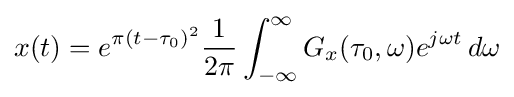
x(t)=e^{\pi (t-\tau _{0})^{2}}{\frac {1}{2\pi }}\int _{-\infty }^{\infty }G_{x}(\tau _{0},\omega )e^{j\omega t}\,d\omega